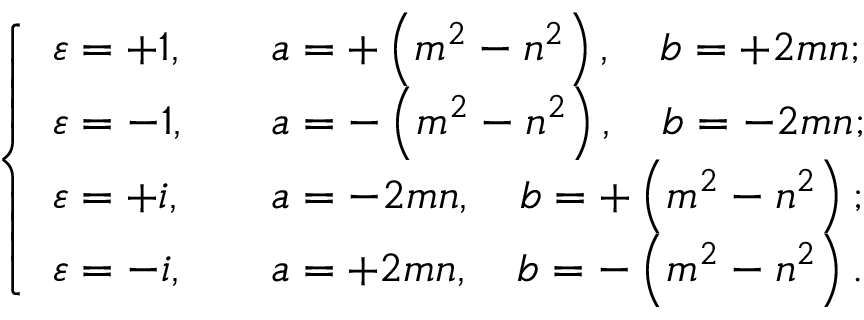
{ \left\{ \begin{array} { l l } { \varepsilon = + 1 , } & { \quad a = + \left( m ^ { 2 } - n ^ { 2 } \right) , \quad b = + 2 m n ; } \\ { \varepsilon = - 1 , } & { \quad a = - \left( m ^ { 2 } - n ^ { 2 } \right) , \quad b = - 2 m n ; } \\ { \varepsilon = + i , } & { \quad a = - 2 m n , \quad b = + \left( m ^ { 2 } - n ^ { 2 } \right) ; } \\ { \varepsilon = - i , } & { \quad a = + 2 m n , \quad b = - \left( m ^ { 2 } - n ^ { 2 } \right) . } \end{array} \right. }